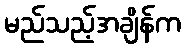
မည်သည့်အချိန်က